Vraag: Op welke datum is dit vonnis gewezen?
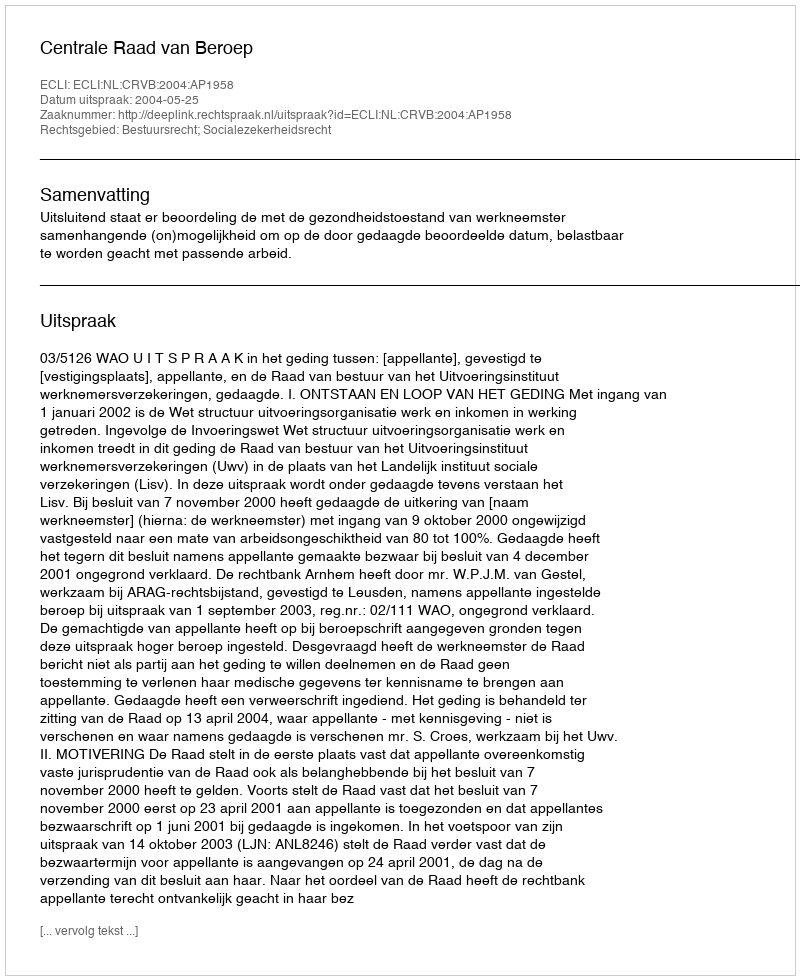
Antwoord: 2004-05-25